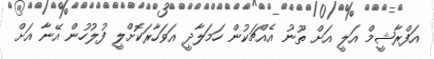
އަފްރާޝީމް އަލީ އަށް ތޫނު އެއްޗަކުން ހަމަލާދީ އަވަހާރަކޮށްލީ ފުލުހުން އޭނާ އަށް